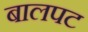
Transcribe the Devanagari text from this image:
बालपट